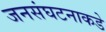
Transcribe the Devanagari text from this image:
जनसंघटनाकडे